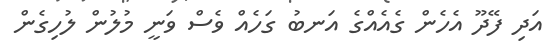
އަދި ފޭދޫ އެހެން ގެއެއްގެ އަނބު ގަހެއް ވެސް ވަނީ މުލުން ލުހިގެން